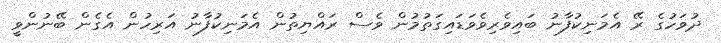
ދުވަހުގެ ރޭ އެމަނިކުފާނު ބައިވެރިވެވަޑައިގަތުމުން ވެސް ރައްޔިތުން އެމަނިކުފާނު އަރިހުން އެގެން ބޭނުންވީ